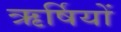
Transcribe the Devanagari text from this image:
ऋर्षियों